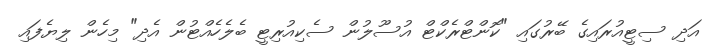
އަދި ސިޓީއުރައިގެ ބޭރުގައި "ކޮންޓްރެކްޓް އުސޫލުން ސެކިއުރިޓީ ބެލެހެއްޓުން އެދި" މިހެން ލިޔެފައި